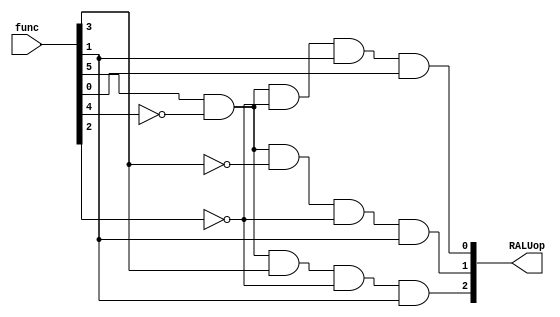
`timescale 1ns / 1ps
//////////////////////////////////////////////////////////////////////////////////
// Company: 
// Engineer: 
// 
// Design Name: 
// Module Name: RtypeCU
// Project Name: 
// Target Devices: 
// Tool Versions: 
// Description: 
// 
// Dependencies: 
// 
// Revision:
// Revision 0.01 - File Created
// Additional Comments:
// 
//////////////////////////////////////////////////////////////////////////////////


module RtypeCU(
input [5:0] func,
output [2:0] RALUop
    );
    assign RALUop[2]=func[5]&~func[4]&func[3]&~func[2]&func[1];
    assign RALUop[1]=func[5]&~func[4]&~func[3]&~func[2]&func[1];
    assign RALUop[0]=func[5]&~func[4]&~func[2]&func[1]&func[0];
endmodule